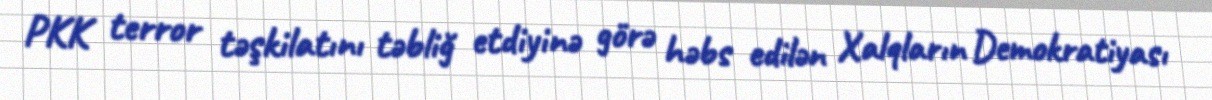
PKK terror təşkilatını təbliğ etdiyinə görə həbs edilən Xalqların Demokratiyası